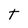
Character: T